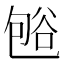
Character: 𰶒